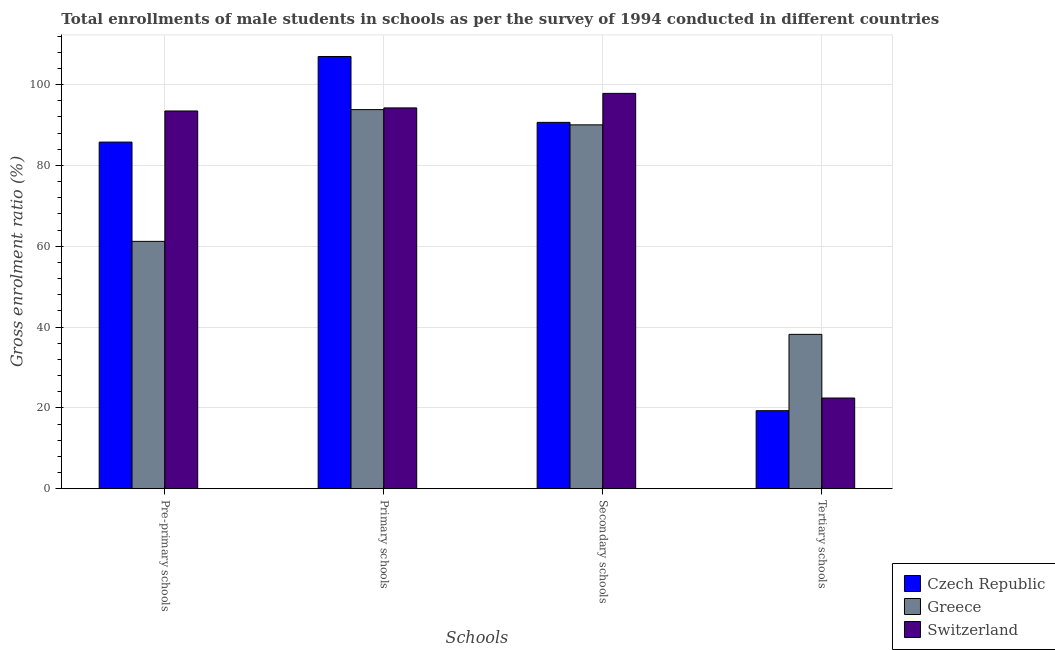
| Schools | Czech Republic | Greece | Switzerland |
 | --- | --- | --- | --- |
 | Pre-primary schools | 85.8 | 61.2 | 93.5 |
 | Primary schools | 107 | 93.8 | 94.2 |
 | Secondary schools | 90.6 | 90 | 97.8 |
 | Tertiary schools | 19.3 | 38.2 | 22.4 |